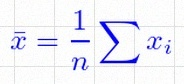
\bar{x}=\frac1n\sum x_i